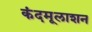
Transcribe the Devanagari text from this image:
कंदमूलाशन